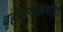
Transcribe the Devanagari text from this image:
बृहत्भगोष्ठांचीही